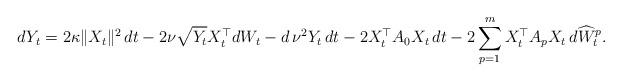
LaTeX: \begin{align*}dY_t = 2\kappa\|X_t\|^2\,dt - 2\nu\sqrt{Y_t} X_t^\top dW_t - d\,\nu^2Y_t\,dt - 2X_t^\top A_0 X_t\,dt - 2\sum_{p=1}^m X_t^\top A_p X_t\, d\widehat W^p_t.\end{align*}